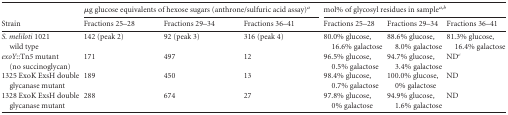
<table><thead><tr><td rowspan="2"><b>Strain</b></td><td colspan="3"><b>μg glucose equivalents of hexose sugars (anthrone/sulfuric acid assay)<sup>a</sup></b></td><td colspan="3"><b>mol% of glycosyl residues in sample<sup>a</sup><sup>,</sup><sup>b</sup></b></td></tr><tr><td><b>Fractions 25–28</b></td><td><b>Fractions 29–34</b></td><td><b>Fractions 36–41</b></td><td><b>Fractions 25–28</b></td><td><b>Fractions 29–34</b></td><td><b>Fractions 36–41</b></td></tr></thead><tbody><tr><td><i>S. meliloti</i> 1021 wild type</td><td>142 (peak 2)</td><td>92 (peak 3)</td><td>316 (peak 4)</td><td>80.0% glucose, 16.6% galactose</td><td>88.6% glucose, 8.0% galactose</td><td>81.3% glucose, 16.4% galactose</td></tr><tr><td><i>exoY</i>::Tn<i>5</i> mutant (no succinoglycan)</td><td>171</td><td>497</td><td>12</td><td>96.5% glucose, 0.5% galactose</td><td>94.7% glucose, 3.4% galactose</td><td>ND<sup>c</sup></td></tr><tr><td>1325 ExoK ExsH double glycanase mutant</td><td>189</td><td>450</td><td>13</td><td>98.4% glucose, 0.7% galactose</td><td>100.0% glucose, 0% galactose</td><td>ND</td></tr><tr><td>1328 ExoK ExsH double glycanase mutant</td><td>288</td><td>674</td><td>27</td><td>97.8% glucose, 0% galactose</td><td>94.9% glucose, 1.6% galactose</td><td>ND</td></tr></tbody></table>